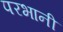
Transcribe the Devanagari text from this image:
परभानी